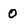
Character: 0